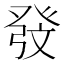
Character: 𱱷